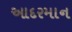
આદરમાન